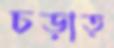
চড়াত্